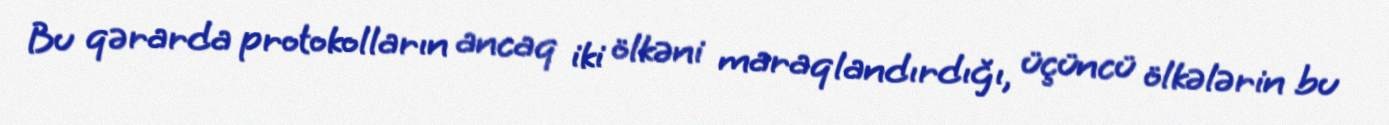
Bu qərarda protokolların ancaq iki ölkəni maraqlandırdığı, üçüncü ölkələrin bu